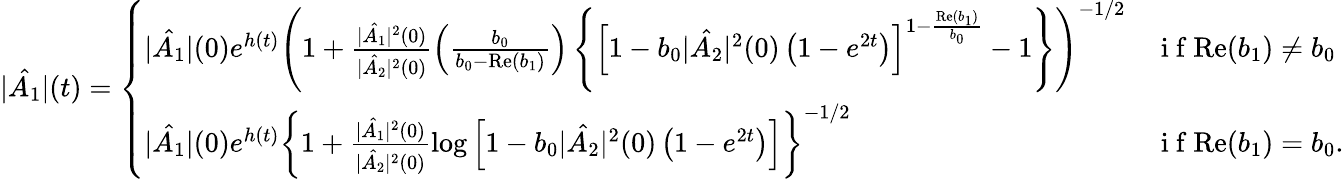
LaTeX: |\hat{A_{1}}|(t)=\left\{ \begin{array}{ll}{|\hat{A_{1}}|(0)e^{h(t)}\left(1+\frac{|\hat{A_{1}}|^{2}(0)}{|\hat{A_{2}}|^{2}(0)}\left(\frac{b_{0}}{b_{0}-\mathrm{Re}(b_{1})}\right)\left\{ \left[1-b_{0}|\hat{A_{2}}|^{2}(0)\left(1-e^{2t}\right)\right]^{1-\frac{\mathrm{Re}(b_{1})}{b_{0}}}-1\right\} \right)^{-1/2}}&{\mathrm{~i~f~}\mathrm{Re}(b_{1})\neq b_{0}}\\ {|\hat{A_{1}}|(0)e^{h(t)}\left\{ 1+\frac{|\hat{A_{1}}|^{2}(0)}{|\hat{A_{2}}|^{2}(0)}\log\left[1-b_{0}|\hat{A_{2}}|^{2}(0)\left(1-e^{2t}\right)\right]\right\} ^{-1/2}}&{\mathrm{~i~f~}\mathrm{Re}(b_{1})=b_{0}.}\end{array}\right.